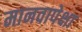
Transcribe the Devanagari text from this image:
मानवापेक्षा